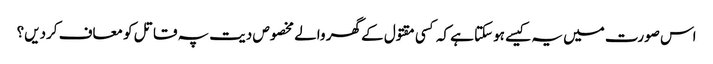
اس صورت میں یہ کیسے ہوسکتا ہے کہ کسی مقتول کے گھر والے مخصوص دیت پہ قاتل کو معاف کردیں؟